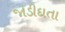
જોડીદાતા